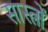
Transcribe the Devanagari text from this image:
सास्त्रों